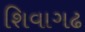
શિવાગઢ